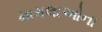
મામલાઓના